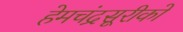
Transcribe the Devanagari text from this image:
हेमचंद्रसूरीको